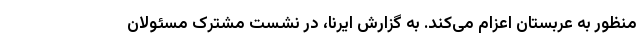
منظور به عربستان اعزام می‌کند. به گزارش ایرنا، در نشست مشترک مسئولان